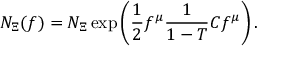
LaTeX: { \cal N } _ { \Xi } ( f ) = { \cal N } _ { \Xi } \exp \left( \frac { 1 } { 2 } f ^ { \mu } \frac { 1 } { 1 - T } C f ^ { \mu } \right) .